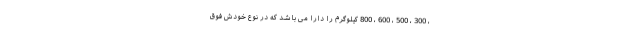
، 300 ، 500 ، 600 ، 800 کیلوگرم را دارا می باشد که در نوع خودش فوق